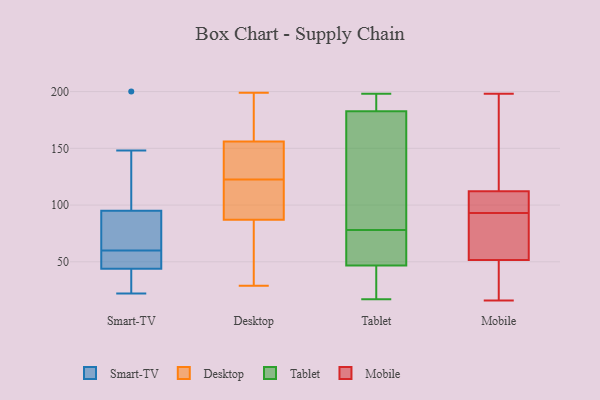
{"axis": {"x": "Production Output", "y": "Value"}, "legend": ["Desktop", "Mobile", "Smart-TV", "Tablet"], "data": [{"x": "", "y": 99, "type": "Smart-TV"}, {"x": "", "y": 48, "type": "Smart-TV"}, {"x": "", "y": 59, "type": "Smart-TV"}, {"x": "", "y": 38, "type": "Smart-TV"}, {"x": "", "y": 40, "type": "Smart-TV"}, {"x": "", "y": 91, "type": "Smart-TV"}, {"x": "", "y": 200, "type": "Smart-TV"}, {"x": "", "y": 22, "type": "Smart-TV"}, {"x": "", "y": 61, "type": "Smart-TV"}, {"x": "", "y": 148, "type": "Smart-TV"}, {"x": "", "y": 57, "type": "Smart-TV"}, {"x": "", "y": 79, "type": "Smart-TV"}, {"x": "", "y": 32, "type": "Desktop"}, {"x": "", "y": 29, "type": "Desktop"}, {"x": "", "y": 87, "type": "Desktop"}, {"x": "", "y": 170, "type": "Desktop"}, {"x": "", "y": 31, "type": "Desktop"}, {"x": "", "y": 141, "type": "Desktop"}, {"x": "", "y": 125, "type": "Desktop"}, {"x": "", "y": 135, "type": "Desktop"}, {"x": "", "y": 197, "type": "Desktop"}, {"x": "", "y": 104, "type": "Desktop"}, {"x": "", "y": 199, "type": "Desktop"}, {"x": "", "y": 120, "type": "Desktop"}, {"x": "", "y": 199, "type": "Desktop"}, {"x": "", "y": 55, "type": "Desktop"}, {"x": "", "y": 100, "type": "Desktop"}, {"x": "", "y": 156, "type": "Desktop"}, {"x": "", "y": 136, "type": "Desktop"}, {"x": "", "y": 114, "type": "Desktop"}, {"x": "", "y": 78, "type": "Tablet"}, {"x": "", "y": 106, "type": "Tablet"}, {"x": "", "y": 40, "type": "Tablet"}, {"x": "", "y": 58, "type": "Tablet"}, {"x": "", "y": 192, "type": "Tablet"}, {"x": "", "y": 145, "type": "Tablet"}, {"x": "", "y": 17, "type": "Tablet"}, {"x": "", "y": 49, "type": "Tablet"}, {"x": "", "y": 198, "type": "Tablet"}, {"x": "", "y": 182, "type": "Tablet"}, {"x": "", "y": 78, "type": "Tablet"}, {"x": "", "y": 185, "type": "Tablet"}, {"x": "", "y": 35, "type": "Tablet"}, {"x": "", "y": 59, "type": "Mobile"}, {"x": "", "y": 103, "type": "Mobile"}, {"x": "", "y": 117, "type": "Mobile"}, {"x": "", "y": 24, "type": "Mobile"}, {"x": "", "y": 105, "type": "Mobile"}, {"x": "", "y": 16, "type": "Mobile"}, {"x": "", "y": 107, "type": "Mobile"}, {"x": "", "y": 105, "type": "Mobile"}, {"x": "", "y": 114, "type": "Mobile"}, {"x": "", "y": 164, "type": "Mobile"}, {"x": "", "y": 42, "type": "Mobile"}, {"x": "", "y": 87, "type": "Mobile"}, {"x": "", "y": 93, "type": "Mobile"}, {"x": "", "y": 155, "type": "Mobile"}, {"x": "", "y": 79, "type": "Mobile"}, {"x": "", "y": 198, "type": "Mobile"}, {"x": "", "y": 16, "type": "Mobile"}, {"x": "", "y": 72, "type": "Mobile"}, {"x": "", "y": 49, "type": "Mobile"}]}